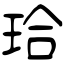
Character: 珨